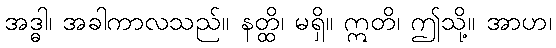
အဒ္ဓါ၊ အခါကာလသည်။ နတ္ထိ၊ မရှိ။ ဣတိ၊ ဤသို့။ အာဟ၊